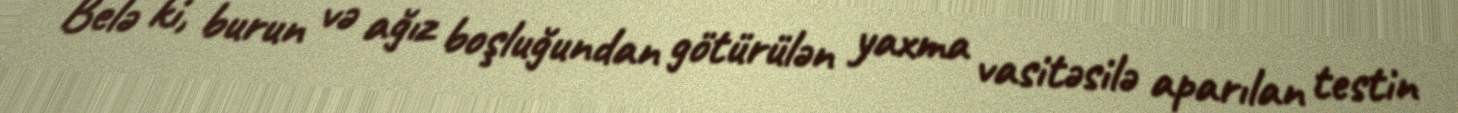
Belə ki, burun və ağız boşluğundan götürülən yaxma vasitəsilə aparılan testin